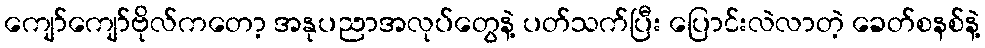
ကျော်ကျော်ဗိုလ်ကတော့ အနုပညာအလုပ်တွေနဲ့ ပတ်သက်ပြီး ပြောင်းလဲလာတဲ့ ခေတ်စနစ်နဲ့